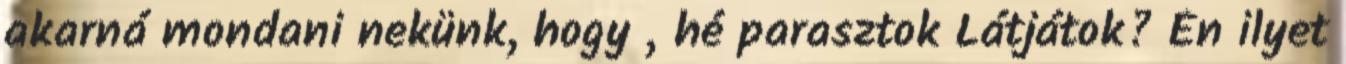
akarná mondani nekünk, hogy „hé parasztok Látjátok? Én ilyet